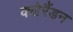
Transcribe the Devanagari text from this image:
क्लेरैंडन